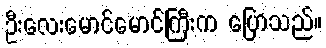
ဦးလေးမောင်မောင်ကြီးက ပြောသည်။